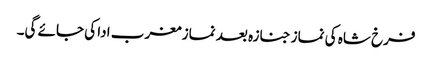
فرخ شاہ کی نماز جنازہ بعد نماز مغرب ادا کی جائے گی۔